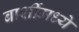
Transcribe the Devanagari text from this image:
बार्शीमध्ये